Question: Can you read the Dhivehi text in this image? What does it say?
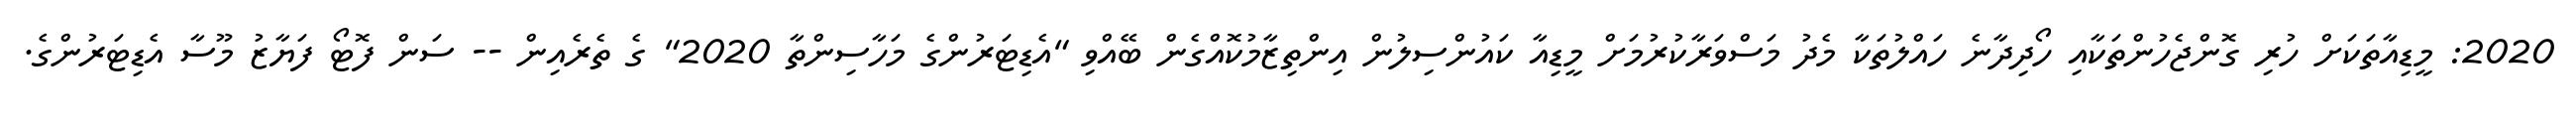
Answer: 2020: މީޑިއާތަކަށް ހުރި ގޮންޖެހުންތަކާއި ހޯދިދާނެ ހައްލުތަކާ މެދު މަސްވަރާކުރުމަށް މީޑިއާ ކައުންސިލުން އިންތިޒާމުކޮއްގެން ބޭއްވި "އެޑިޓަރުންގެ މަހާސިންތާ 2020" ގެ ތެރެއިން -- ސަން ފޮޓޯ ފަޔާޒު މޫސާ އެޑިޓަރުންގެ.